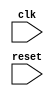
module Timing_Control_Synchronization(
    input wire clk,
    input wire reset,
    // other inputs and outputs as needed for the design
    
    // timing control and synchronization modules
    // clock signal generation module
    // data transfer rate determination module
    // arbitration and data flow management module
);

    // Verilog code for timing control and synchronization modules
    // clock signal generation module code
    // data transfer rate determination module code
    // arbitration and data flow management module code
    
endmodule